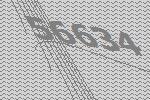
56634